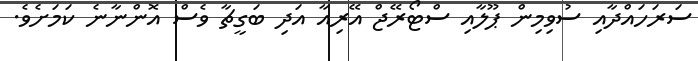
ސަރަހައްދާއި ސުވިމިން ޕޫލާއި ސްޓޯރޭޖް އޭރިއާ އަދި ބަގީޗާ ވެސް އޮންނާނެ ކަމަށެވެ.